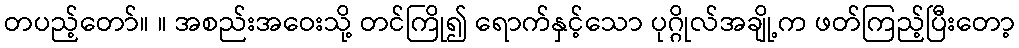
တပည့်တော်။ ။ အစည်းအဝေးသို့ တင်ကြို၍ ရောက်နှင့်သော ပုဂ္ဂိုလ်အချို့က ဖတ်ကြည့်ပြီးတော့